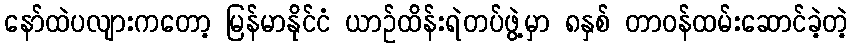
နော်ထဲပလျားကတော့ မြန်မာနိုင်ငံ ယာဉ်ထိန်းရဲတပ်ဖွဲ့မှာ ၈နှစ် တာဝန်ထမ်းဆောင်ခဲ့တဲ့